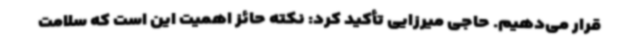
قرار می‌دهیم. حاجی میرزایی تأکید کرد: نکته حائز اهمیت این است که سلامت